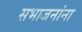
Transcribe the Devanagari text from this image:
सभाजनांना